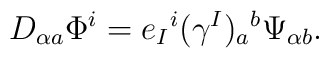
D_{\alpha  a }\Phi^{i}=e_{I}{}^{i}(\gamma^{I})_{ a }{}^{ b  }\Psi_{\alpha b  }.